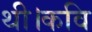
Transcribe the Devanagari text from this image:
थी।कवि